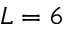
L = 6